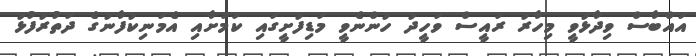
އައްބާސް ވިދާޅުވީ މިހާރު ރައީސް ވަހީދު ހުންނެވީ މަޑިފުށީގައި ކަމަށާއި އެމަނިކުފާނުގެ ދަތުރުފުޅު